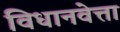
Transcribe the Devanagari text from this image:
विधानवेत्ता